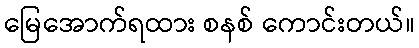
မြေအောက်ရထား စနစ် ကောင်းတယ်။